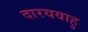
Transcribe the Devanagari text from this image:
दारयवाहु